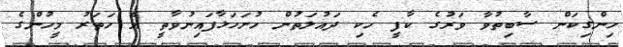
ހިންގިކަން ސާބިތުވާ ވަރުގެ ކާފީ ހެކި ދައުލަތުން ހުށަހަޅާފައިނުވާތީ އެ ހަތަރު މީހުންގެ